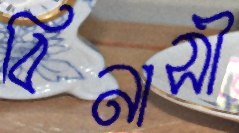
বিনাসী